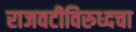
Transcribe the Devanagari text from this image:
राजवटीविरुध्दचा